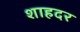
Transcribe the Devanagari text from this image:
शाहदर